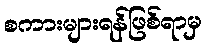
စကားများရန်ဖြစ်ရာမှ